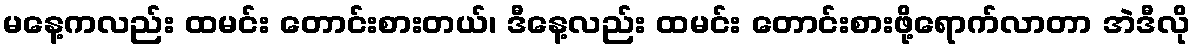
မနေ့ကလည်း ထမင်း တောင်းစားတယ်၊ ဒီနေ့လည်း ထမင်း တောင်းစားဖို့ရောက်လာတာ အဲဒီလို